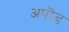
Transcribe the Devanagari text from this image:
अपॊड